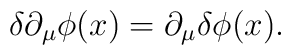
\delta\partial_{\mu}\phi(x)=\partial_{\mu}\delta\phi(x).